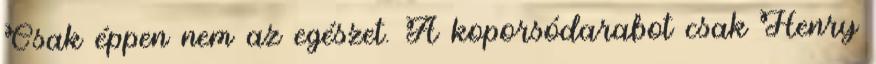
Csak éppen nem az egészet. A koporsódarabot csak Henry